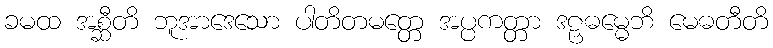
ခမထ အစ္ဆီတိ ဘူအာဒေသော ပါတိတမတ္တေ အပ္ပကတ္တာ ဒဠှဓမ္မေဘိ မေဓတီတိ